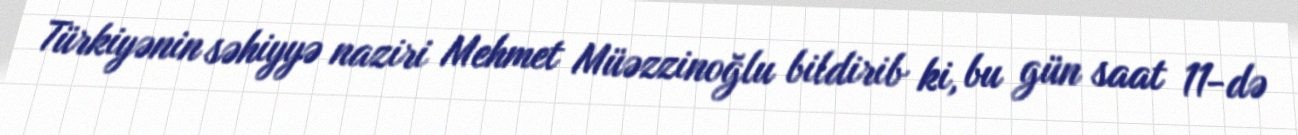
Türkiyənin səhiyyə naziri Mehmet Müəzzinoğlu bildirib ki, bu gün saat 11-də